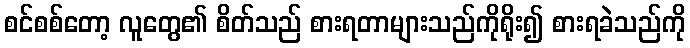
စင်စစ်တော့ လူတွေ၏ စိတ်သည် စားရတာများသည်ကိုရိုး၍ စားရခဲသည်ကို